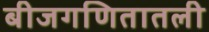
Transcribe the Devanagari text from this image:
बीजगणितातली